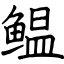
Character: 鳁